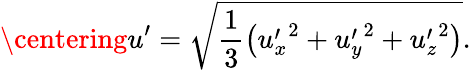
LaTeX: \centering u^{\prime}=\sqrt{\frac{1}{3}\left({u_{x}^{\prime}}^{2}+{u_{y}^{\prime}}^{2}+{u_{z}^{\prime}}^{2}\right)}.